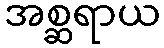
အစ္ဆရာယ